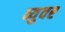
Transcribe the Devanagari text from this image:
व्युवर